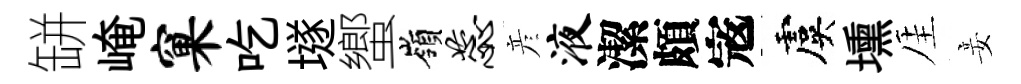
缾崦窠吃𡑞蠁嶺蕊彦液潔頗𡨥虞壎厓妾